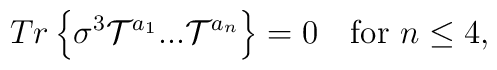
Tr\left\{\sigma^3{\cal T}^{a_1}...{\cal T}^{a_n}\right\} = 0 \quad {\rm for}  \,\, n \leq 4 ,